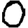
Digit: 0